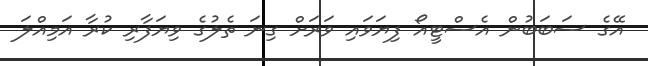
އޭގެ ސަބަބުން އެސްޓީއޯ ފިޔަވައި ވަރަށް ގިނަ ތެލުގެ ވިޔަފާރި ކުރާ އަމިއްލަ